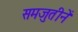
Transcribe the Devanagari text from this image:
समजुतीनें